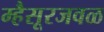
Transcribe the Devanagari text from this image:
म्हैसूरजवळ